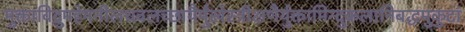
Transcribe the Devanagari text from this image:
मुक्ताविद्रुमहेमनीलधवलच्छायैर्मुखेस्त्रीक्षणैर्युक्तामिन्दुकलानिबद्धमुकुटां